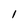
Character: 1